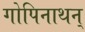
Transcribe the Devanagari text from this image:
गोपिनाथन्